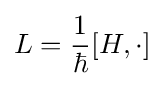
L={\frac {1}{\hbar }}[H,\cdot ]